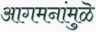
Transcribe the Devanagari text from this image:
आगमनांमुळॆ